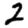
Digit: 2